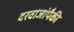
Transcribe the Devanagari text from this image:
दरवाजांपैकी